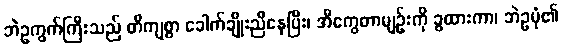
ဘဲဥကွက်ကြီးသည် တိကျစွာ ခေါက်ချိုးညီနေပြီး၊ အီကွေတာမျဉ်းကို ခွထားကာ၊ ဘဲဥပုံ၏